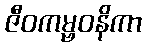
ဇီဝကမ္ဗဝနိကာ